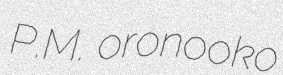
P.M. oronooko